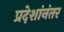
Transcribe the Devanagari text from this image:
प्रदेशांनंतर